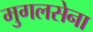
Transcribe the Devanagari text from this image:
मुगलसेना